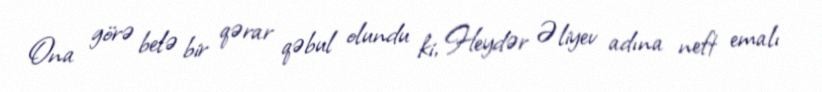
Ona görə belə bir qərar qəbul olundu ki, Heydər Əliyev adına neft emalı